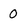
Character: 0